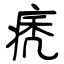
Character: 痜